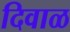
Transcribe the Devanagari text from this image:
दिवाळ